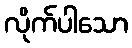
လိုက်ပါသော